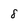
Character: 8